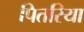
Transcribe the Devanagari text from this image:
पितरिया